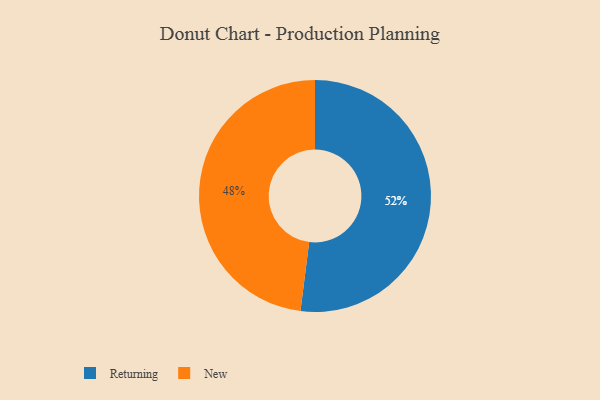
{"axis": {"x": "Category", "y": "Percentage"}, "legend": ["New", "Returning"], "data": [{"x": "Returning", "y": 52, "type": "Returning"}, {"x": "New", "y": 48, "type": "New"}]}